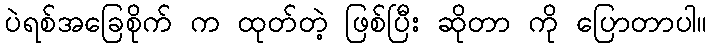
ပဲရစ်အခြေစိုက် က ထုတ်တဲ့ ဖြစ်ပြီး ဆိုတာ ကို ပြောတာပါ။